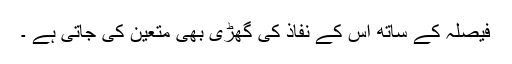
فیصلہ کے ساتھ اس کے نفاذ کی گھڑی بھی متعین کی جاتی ہے ۔